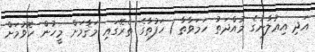
އަދި އިޢުލާނުގެ މުއްދަތު ހަމަވާތާ 1 ހަފުތާގެ ތެރޭގައި މަޤާމަށް މީހުން ހޮވުމަށް